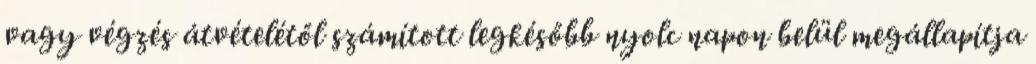
vagy végzés átvételétől számított legkésőbb nyolc napon belül megállapítja